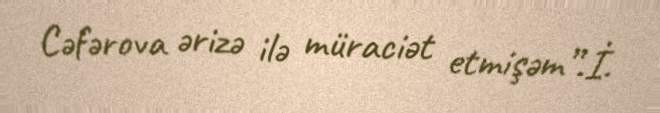
Cəfərova ərizə ilə müraciət etmişəm”.İ.